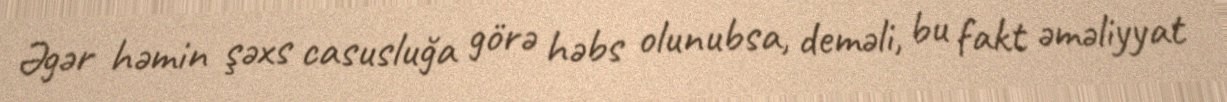
Əgər həmin şəxs casusluğa görə həbs olunubsa, deməli, bu fakt əməliyyat